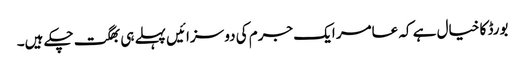
بورڈ کا خیال ہے کہ عامر ایک جرم کی دو سزائیں پہلے ہی بھگت چکے ہیں۔